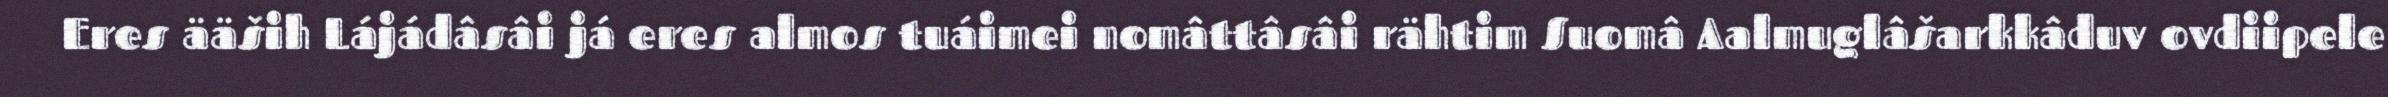
Eres ääših Lájádâsâi já eres almos tuáimei nomâttâsâi rähtim Suomâ Aalmuglâšarkkâduv ovdiipele